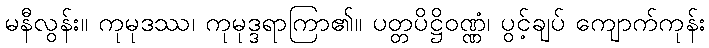
မနီလွန်း။ ကုမုဒဿ၊ ကုမုဒ္ဒရာကြာ၏။ ပတ္တပိဋ္ဌိဝဏ္ဏံ၊ ပွင့်ချပ် ကျောက်ကုန်း